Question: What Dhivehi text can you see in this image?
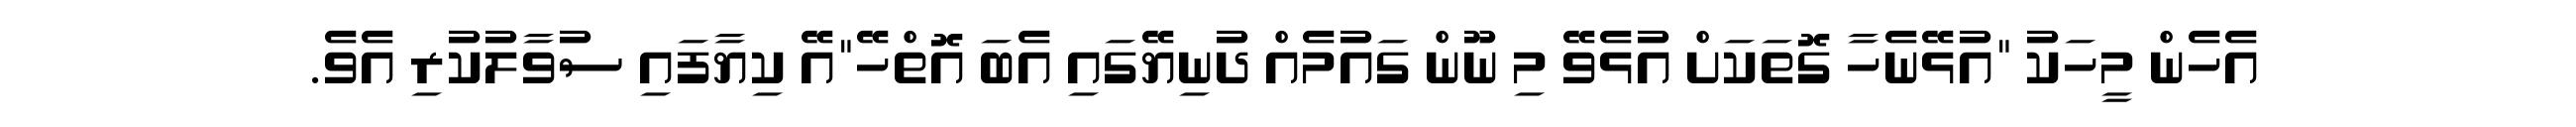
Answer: އެހެން މީހަކު "އުޅޭނެހާ ގޮތަކަށް އުޅެވޭ މި ނޫން ގައުމެއް ދުނިޔޭގައި އެބަ އޮތްހޭ"އޭ ކިޔާފައި ސުވާލުކުރި އެވެ.